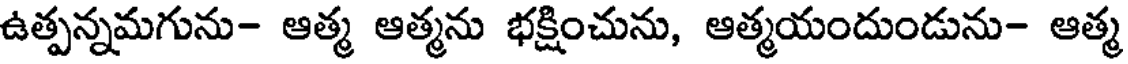
ఉత్పన్నమగును- ఆత్మ ఆత్మను భక్షించును, ఆత్మయందుండును- ఆత్మ